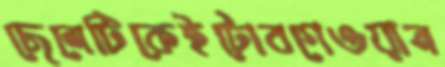
ছেলেটিকেইটোবগেওয়ান